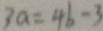
3 a = 4 b - 3